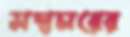
সদাচারের